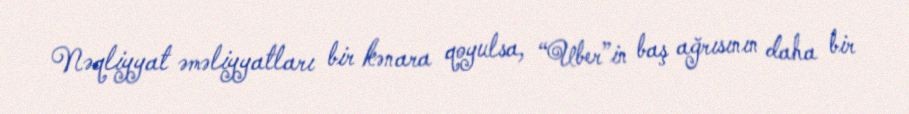
Nəqliyyat əməliyyatları bir kənara qoyulsa, “Uber”in baş ağrısının daha bir